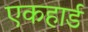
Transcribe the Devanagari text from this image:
एकहार्ड